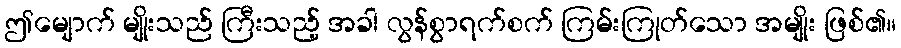
ဤမျောက် မျိုးသည် ကြီးသည့် အခါ လွန်စွာရက်စက် ကြမ်းကြုတ်သော အမျိုး ဖြစ်၏။